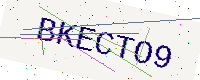
Text: BKECTO9